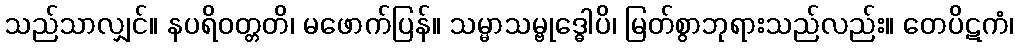
သည်သာလျှင်။ နပရိဝတ္တတိ၊ မဖောက်ပြန်။ သမ္မာသမ္ဗုဒ္ဓေါပိ၊ မြတ်စွာဘုရားသည်လည်း။ တေပိဋကံ၊